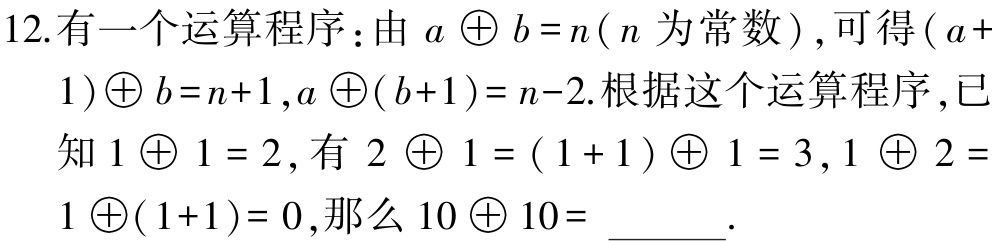
12.有一个运算程序：由 \(a \oplus b =n\)（\(n\)为常数）, 可得\((a + 1)\oplus b =n+1\),\(a \oplus(b + 1)= n-2\).根据这个运算程序,已知 \(1 \oplus 1 = 2\), 有 \(2 \oplus 1 = ( 1 + 1 ) \oplus 1 = 3\), \(1 \oplus 2 = 1 \oplus(1 + 1)= 0\),那么 \(10 \oplus 10= \underline{\quad\quad}\).